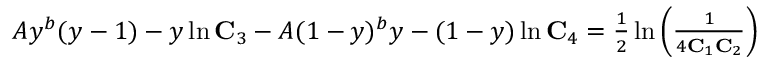
\begin{array} { r } { A y ^ { b } ( y - 1 ) - y \ln \mathbf { C } _ { 3 } - A ( 1 - y ) ^ { b } y - ( 1 - y ) \ln \mathbf { C } _ { 4 } = \frac { 1 } { 2 } \ln \left( \frac { 1 } { 4 \mathbf { C } _ { 1 } \mathbf { C } _ { 2 } } \right) } \end{array}